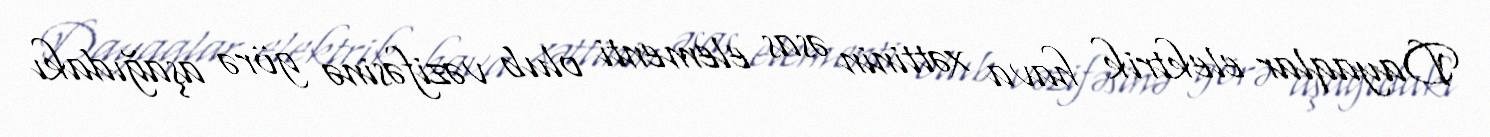
Dayaqlar elektrik hava xəttinin əsas elementi olub vəzifəsinə görə aşağıdakı